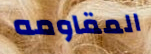
المقاومه